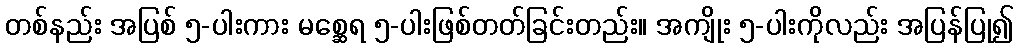
တစ်နည်း အပြစ် ၅-ပါးကား မစ္ဆေရ ၅-ပါးဖြစ်တတ်ခြင်းတည်း။ အကျိုး ၅-ပါးကိုလည်း အပြန်ပြု၍